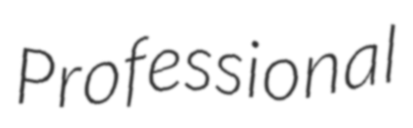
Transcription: Professional